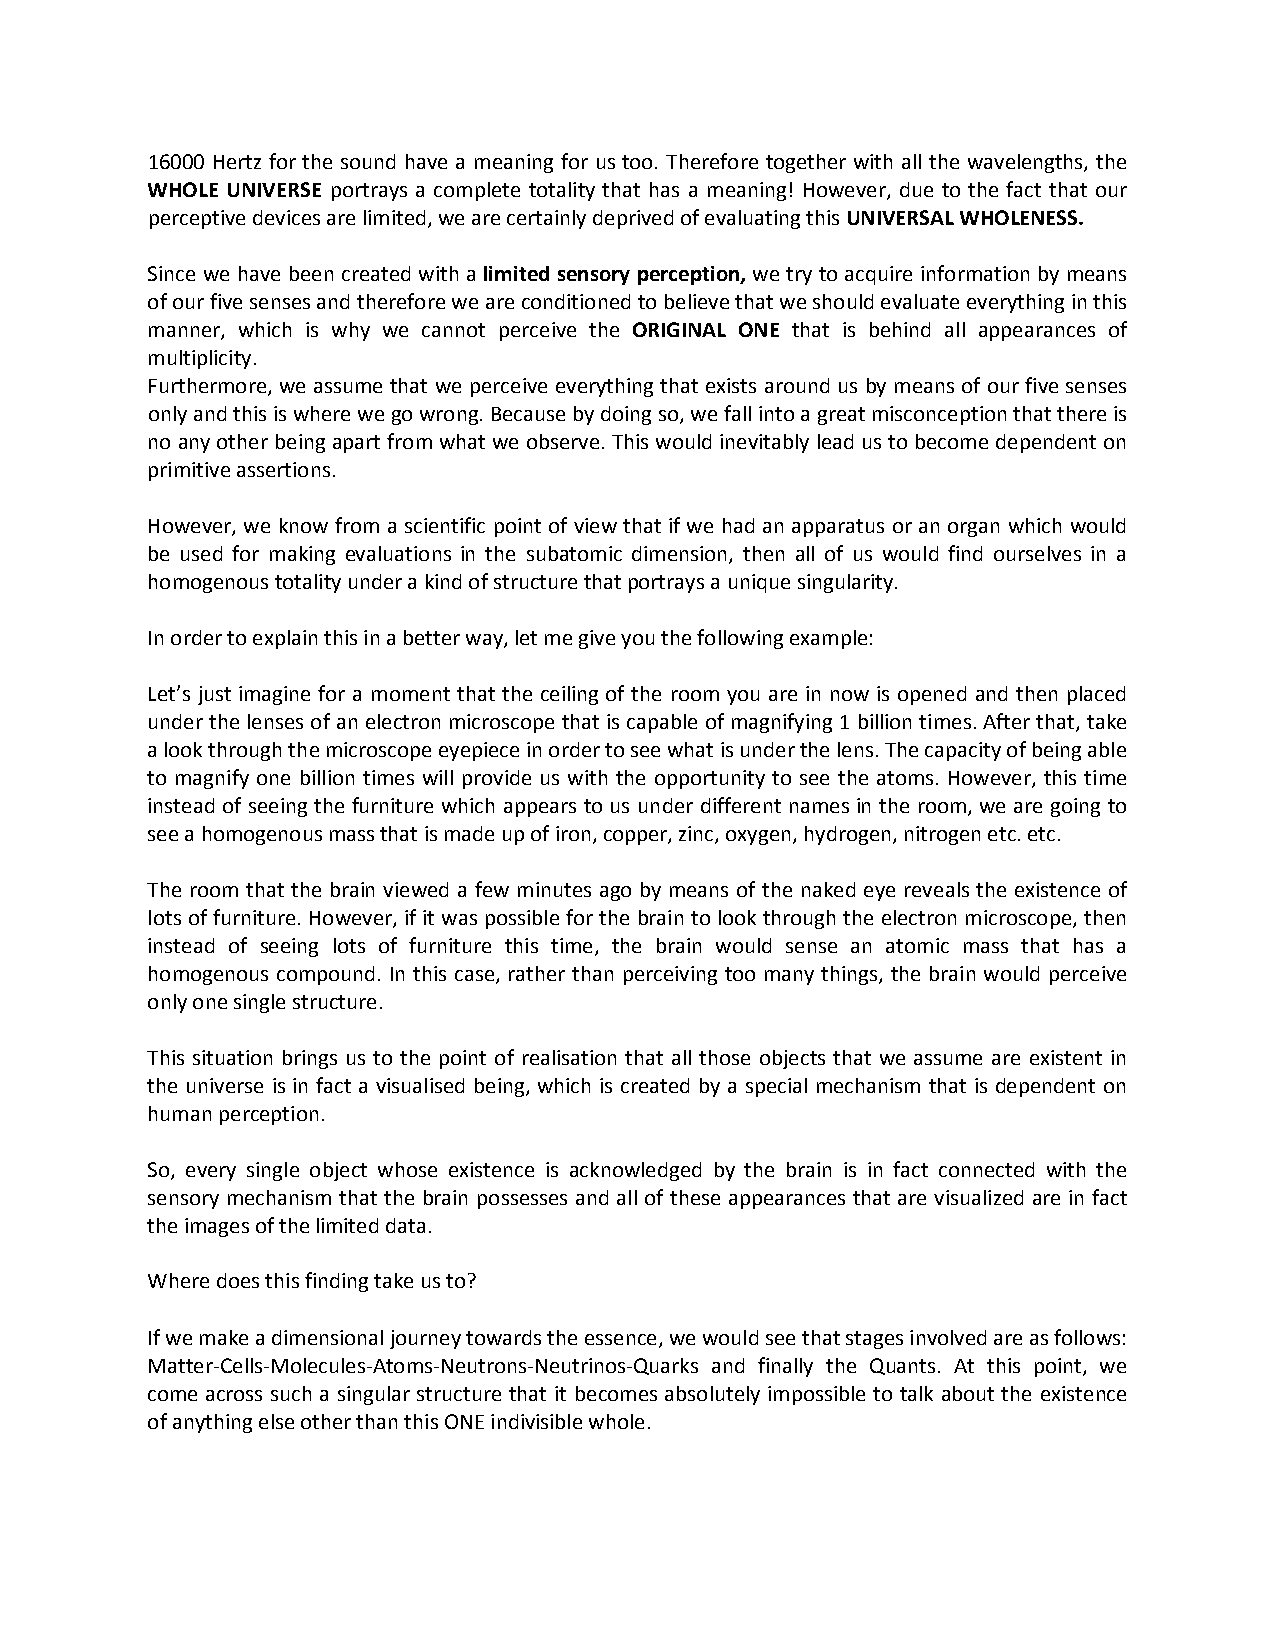
16000 Hertz for the sound have a meaning for us too. Therefore together with all the wavelengths, the
 WHOLE UNIVERSE portrays a complete totality that has a meaning! However, due to the fact that our
 perceptive devices are limited, we are certainly deprived of evaluating this UNIVERSAL WHOLENESS.
 Since we have been created with a limited sensory perception, we try to acquire information by means
 of our five senses and therefore we are conditioned to believe that we should evaluate everything in this
 manner, which is why we cannot perceive the ORIGINAL ONE that is behind all appearances of
 multiplicity.
 Furthermore, we assume that we perceive everything that exists around us by means of our five senses
 only and this is where we go wrong. Because by doing so, we fall into a great misconception that there is
 no any other being apart from what we observe. This would inevitably lead us to become dependent on
 primitive assertions.
 However, we know from a scientific point of view that if we had an apparatus or an organ which would
 be used for making evaluations in the subatomic dimension, then all of us would find ourselves in a
 homogenous totality under a kind of structure that portrays a unique singularity.
 In order to explain this in a better way, let me give you the following example:
 Let’s just imagine for a moment that the ceiling of the room you are in now is opened and then placed
 under the lenses of an electron microscope that is capable of magnifying 1 billion times. After that, take
 a look through the microscope eyepiece in order to see what is under the lens. The capacity of being able
 to magnify one billion times will provide us with the opportunity to see the atoms. However, this time
 instead of seeing the furniture which appears to us under different names in the room, we are going to
 see a homogenous mass that is made up of iron, copper, zinc, oxygen, hydrogen, nitrogen etc. etc.
 The room that the brain viewed a few minutes ago by means of the naked eye reveals the existence of
 lots of furniture. However, if it was possible for the brain to look through the electron microscope, then
 instead of seeing lots of furniture this time, the brain would sense an atomic mass that has a
 homogenous compound. In this case, rather than perceiving too many things, the brain would perceive
 only one single structure.
 This situation brings us to the point of realisation that all those objects that we assume are existent in
 the universe is in fact a visualised being, which is created by a special mechanism that is dependent on
 human perception.
 So, every single object whose existence is acknowledged by the brain is in fact connected with the
 sensory mechanism that the brain possesses and all of these appearances that are visualized are in fact
 the images of the limited data.
 Where does this finding take us to?
 If we make a dimensional journey towards the essence, we would see that stages involved are as follows:
 Matter-Cells-Molecules-Atoms-Neutrons-Neutrinos-Quarks and finally the Quants. At this point, we
 come across such a singular structure that it becomes absolutely impossible to talk about the existence
 of anything else other than this ONE indivisible whole.